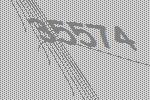
35574